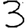
Digit: 3